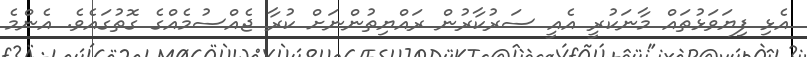
އެޅި ފިޔަވަޅުތައް މާނަކުރީ އެއީ ސަރުކާރުން ރައްޔިތުންނަށް ކުރާ ޖެއްސުމެއްގެ ގޮތުގައެވެ. އެންމެ